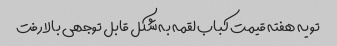
تو یه هفته قیمت کباب لقمه به شکل قابل توجهی بالا رفت